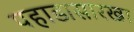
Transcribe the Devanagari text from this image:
पहाडासारखा